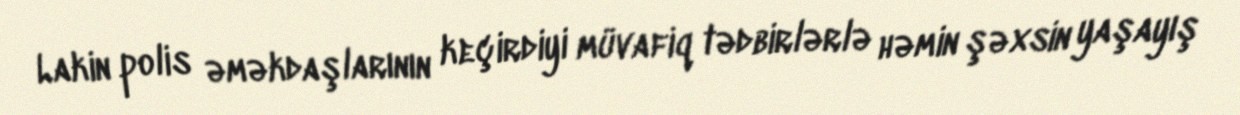
Lakin polis əməkdaşlarının keçirdiyi müvafiq tədbirlərlə həmin şəxsin yaşayış